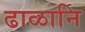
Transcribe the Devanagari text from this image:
ढाळानि